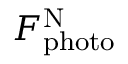
F _ { \mathrm { p h o t o } } ^ { \mathrm { N } }